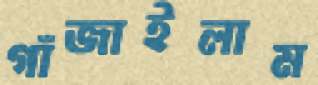
গাঁজাইলাম